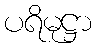
ပရိမုဋ္ဌာ